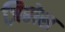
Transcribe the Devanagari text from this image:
ज़िप्तोस